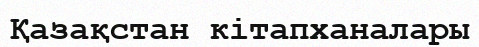
Қазақстан кітапханалары